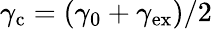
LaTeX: \gamma_{\mathrm{c}}=(\gamma_{0}+\gamma_{\mathrm{ex}})/2